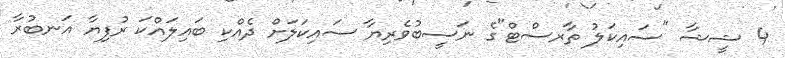
4 ޝީޝާ "ސައިކަަލު ތާރސްޓް"ގެ ނަަސީބުވެރިޔާ ސައިކަލަށް ދެއްކި ބައިލައްކަ ރުފިޔާ އަނބުރާ